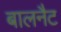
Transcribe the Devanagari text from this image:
बालनैट